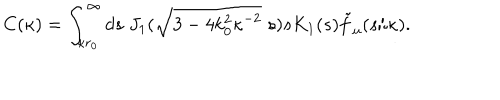
LaTeX: C ( \kappa ) = \int _ { \kappa r _ { 0 } } ^ { \infty } d s \; J _ { 1 } ( \sqrt { 3 - 4 k _ { 0 } ^ { 2 } \kappa ^ { - 2 } } \; s ) s K _ { 1 } ( s ) \tilde { f } _ { u } ( s / \kappa ) .